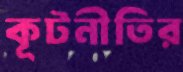
কূটনীতির